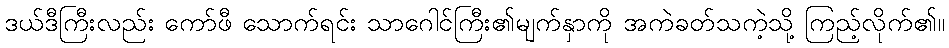
ဒယ်ဒီကြီးလည်း ကော်ဖီ သောက်ရင်း သာဂေါင်ကြီး၏မျက်နှာကို အကဲခတ်သကဲ့သို့ ကြည့်လိုက်၏။